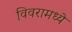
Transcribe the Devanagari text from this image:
विवरामध्ये